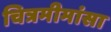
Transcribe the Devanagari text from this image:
चित्रमीमांसा